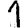
Digit: 1